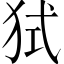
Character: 𤞔